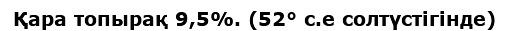
Қара топырақ 9,5%. (52° с.е солтүстігінде)